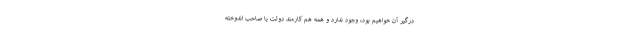
درگیر آن خواهیم بود، وجود ندارد و همه هم کارمند دولت یا صاحب اندوخته